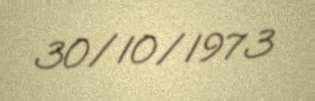
30/10/1973